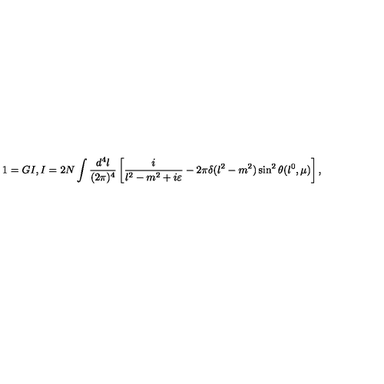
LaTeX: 1 = G I , I = 2 N \int \frac { d ^ { 4 } l } { ( 2 \pi ) ^ { 4 } } \left[ \frac { i } { l ^ { 2 } - m ^ { 2 } + i \varepsilon } - 2 \pi \delta ( l ^ { 2 } - m ^ { 2 } ) \sin ^ { 2 } \theta ( l ^ { 0 } , \mu ) \right] ,